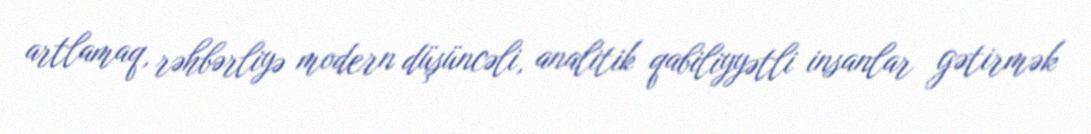
artlamaq, rəhbərliyə modern düşüncəli, analitik qabiliyyətli insanlar gətirmək